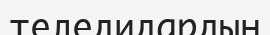
теледидардын